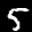
Label: 5